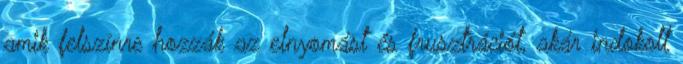
amik felszínre hozzák az elnyomást és frusztrációt, akár indokolt